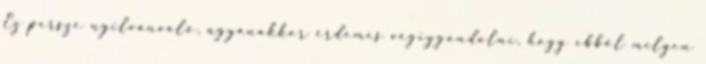
Ez persze nyilvánvaló, ugyanakkor érdemes végiggondolni, hogy ebből milyen